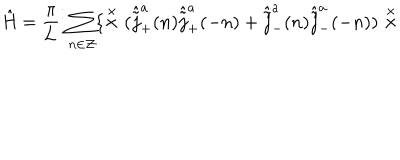
\hat { \mathrm { H } } = \frac { \pi } { \pi } { L } \vdots \sum _ { n \in \cal Z } \{ \stackrel { \times } { \times } ( \hat { \tilde { j } } _ { + } ^ { a } ( n ) \hat { \tilde { j } } _ { + } ^ { a } ( - n ) + \hat { \tilde { j } } _ { - } ^ { a } ( n ) \hat { \tilde { j } } _ { - } ^ { a } ( - n ) ) \stackrel { \times } { \times }